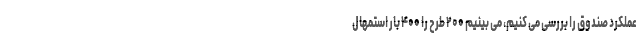
عملکرد صندوق را بررسی می کنیم، می بینیم ۲۰۰ طرح را ۴۰۰ بار استمهال